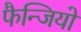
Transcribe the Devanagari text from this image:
फैन्जियो